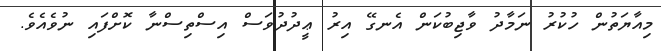
މިއާޔަތުން ހުކުރު ނަމާދު ވާޖިބުކަން އެނގޭ އިރު ޢީދުދުވަސް އިސްތިސްނާ ކޮށްފައި ނުވެއެވެ.